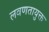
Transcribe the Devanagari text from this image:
लवणतायुक्त